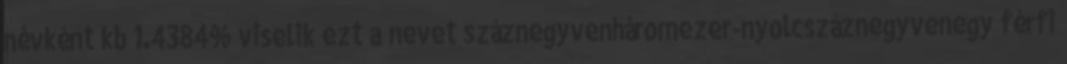
névként kb 1.4384% viselik ezt a nevet száznegyvenháromezer-nyolcszáznegyvenegy férfi